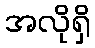
အလိုရှိ